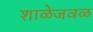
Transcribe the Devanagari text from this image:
शाळेजवळ